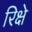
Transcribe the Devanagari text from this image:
रिक्षे